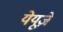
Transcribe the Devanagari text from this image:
येयूज़े